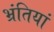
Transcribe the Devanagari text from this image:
भ्रंतियां